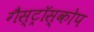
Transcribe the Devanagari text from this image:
गैस्ट्रॉस्कोप